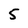
Character: 5